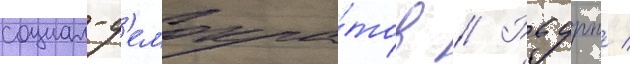
социал-д'емокра́тов // Рсдрп /